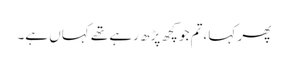
پھر کہا ،تم جو کچھ پڑھ رہے تھے کہاں ہے۔